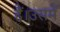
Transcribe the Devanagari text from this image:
हैं।उसमें